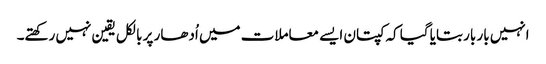
انہیں بار بار بتایا گیا کہ کپتان ایسے معاملات میں اُدھار پر بالکل یقین نہیں رکھتے۔